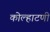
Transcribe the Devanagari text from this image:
कोल्हाटणी